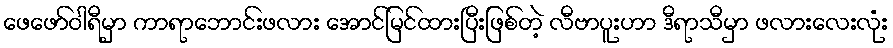
ဖေဖော်ဝါရီမှာ ကာရာဘောင်းဖလား အောင်မြင်ထားပြီးဖြစ်တဲ့ လီဗာပူးဟာ ဒီရာသီမှာ ဖလားလေးလုံး